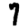
Digit: 7